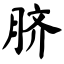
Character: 脐